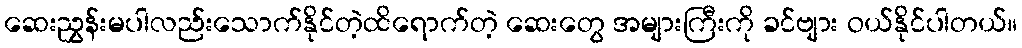
ဆေးညွှန်းမပါလည်းသောက်နိုင်တဲ့ထိရောက်တဲ့ ဆေးတွေ အများကြီးကို ခင်ဗျား ဝယ်နိုင်ပါတယ်။